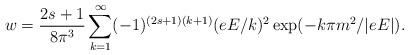
LaTeX: \begin{align*}w={2s+1\over 8\pi^3} \sum_{k=1}^\infty (-1)^{(2s+1)(k+1)}(eE/ k)^2\exp(-k\pi m^2/|eE|).\end{align*}